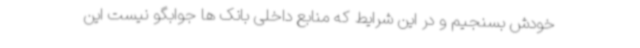
خودش بسنجیم و در این شرایط که منابع داخلی بانک ها جوابگو نیست این